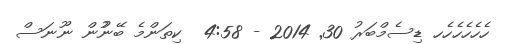
ހެހެހެހެެހެހ ޑިސެމްބަރު 30